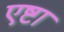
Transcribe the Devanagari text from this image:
एष्टा